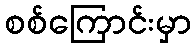
စစ်ကြောင်းမှာ